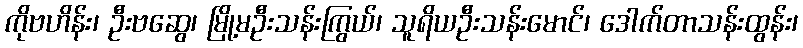
ကိုဗဟိန်း၊ ဦးဗဆွေ၊ မြို့မဦးသန်းကြွယ်၊ သူရိယဦးသန်းမောင်၊ ဒေါက်တာသန်းထွန်း၊